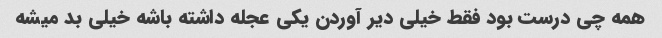
همه چی درست بود فقط خیلی دیر آوردن یکی عجله داشته باشه خیلی بد میشه